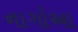
નાગોઆ